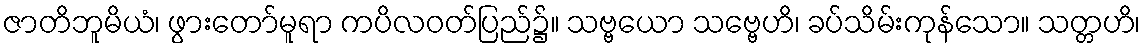
ဇာတိဘူမိယံ၊ ဖွားတော်မူရာ ကပိလဝတ်ပြည်၌။ သဗ္ဗယော သဗ္ဗေဟိ၊ ခပ်သိမ်းကုန်သော။ သတ္တဟိ၊